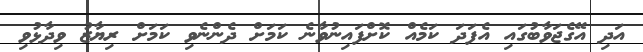
އަދި އޭގެޖަވާބުގައި އެފަދަ ކަމެއް ކޮށްފައިނުވާނެ ކަމަށް ދެންނެވި ކަމަށް ރިޔާޒު ވިދާޅުވި